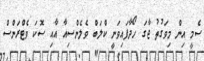
ސެމީ އިން މިވަގުތު ޖާގަ ހޯދާފައިވަނީ ކްލަބް ވެލެންސިއާ އާއި ސޮކަ ވެޓްރަންސް